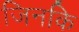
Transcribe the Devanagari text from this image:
जिनकि